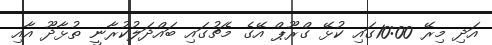
އަދި މިރޭ 10:00ގައި ކުޅޭ ގްރޫޕް އޭގެ މެޗުގައި ބައްދަލުކުރާނީ ތުޅާދޫ އާއި